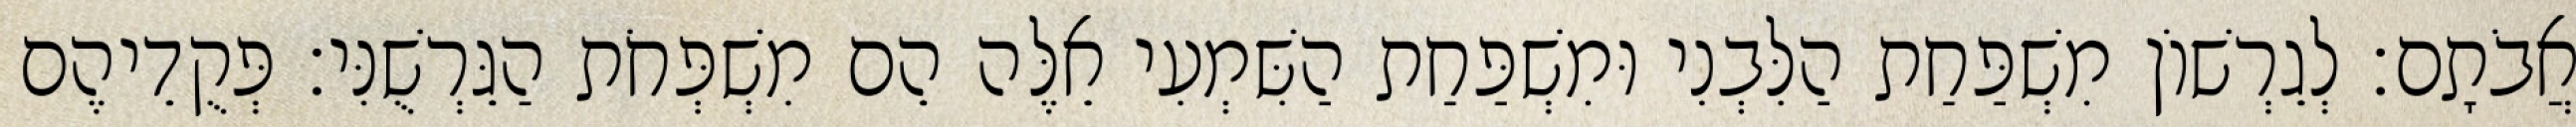
אֲבֹתָם׃ לְגֵרְשׁוֹן מִשְׁפַּחַת הַלִּבְנִי וּמִשְׁפַּחַת הַשִּׁמְעִי אֵלֶּה הֵם מִשְׁפְּחֹת הַגֵּרְשֻׁנִּי׃ פְּקֻדֵיהֶם